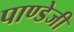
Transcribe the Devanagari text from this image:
पाण्डेजी